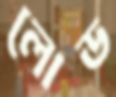
লোড